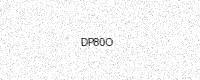
Text: DP80O